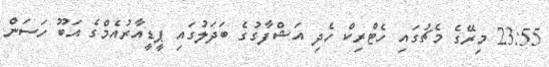
23:55 މިރޭގެ މެޗުގައި ހެޓްރިކް ހެދި އަޝްފާގުގެ ބަދަލުގައި ޕީޑީއާރުއެމްގެ އަބޫ ހަސަން